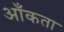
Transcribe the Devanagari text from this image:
आँकता